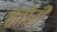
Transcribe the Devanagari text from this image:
बतोरी